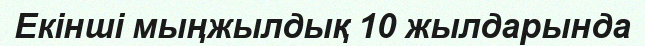
Екінші мыңжылдық 10 жылдарында